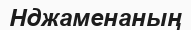
Нджаменаның